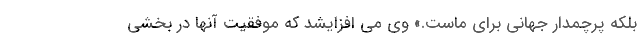
بلکه پرچمدار جهانی برای ماست.» وی می افزایشد که موفقیت آنها در بخشی